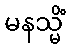
မနသ္မိံ